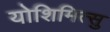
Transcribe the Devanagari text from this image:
योशिमित्सु